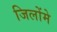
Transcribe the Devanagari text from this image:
जिलोंमे